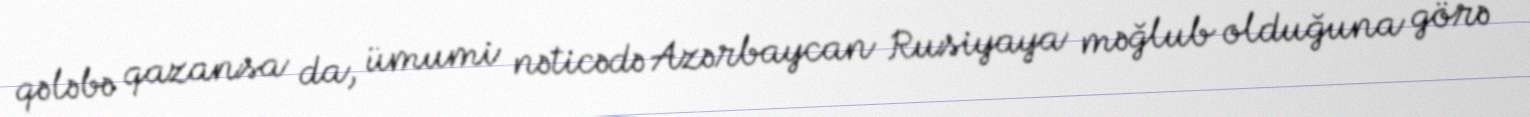
qələbə qazansa da, ümumi nəticədə Azərbaycan Rusiyaya məğlub olduğuna görə